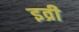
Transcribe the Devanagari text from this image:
इव्री